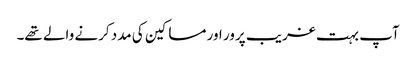
آپ بہت غریب پرور اور مساکین کی مدد کرنے والے تھے۔